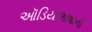
ઑડિયાભાષાની